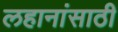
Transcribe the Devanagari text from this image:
लहानांसाठी